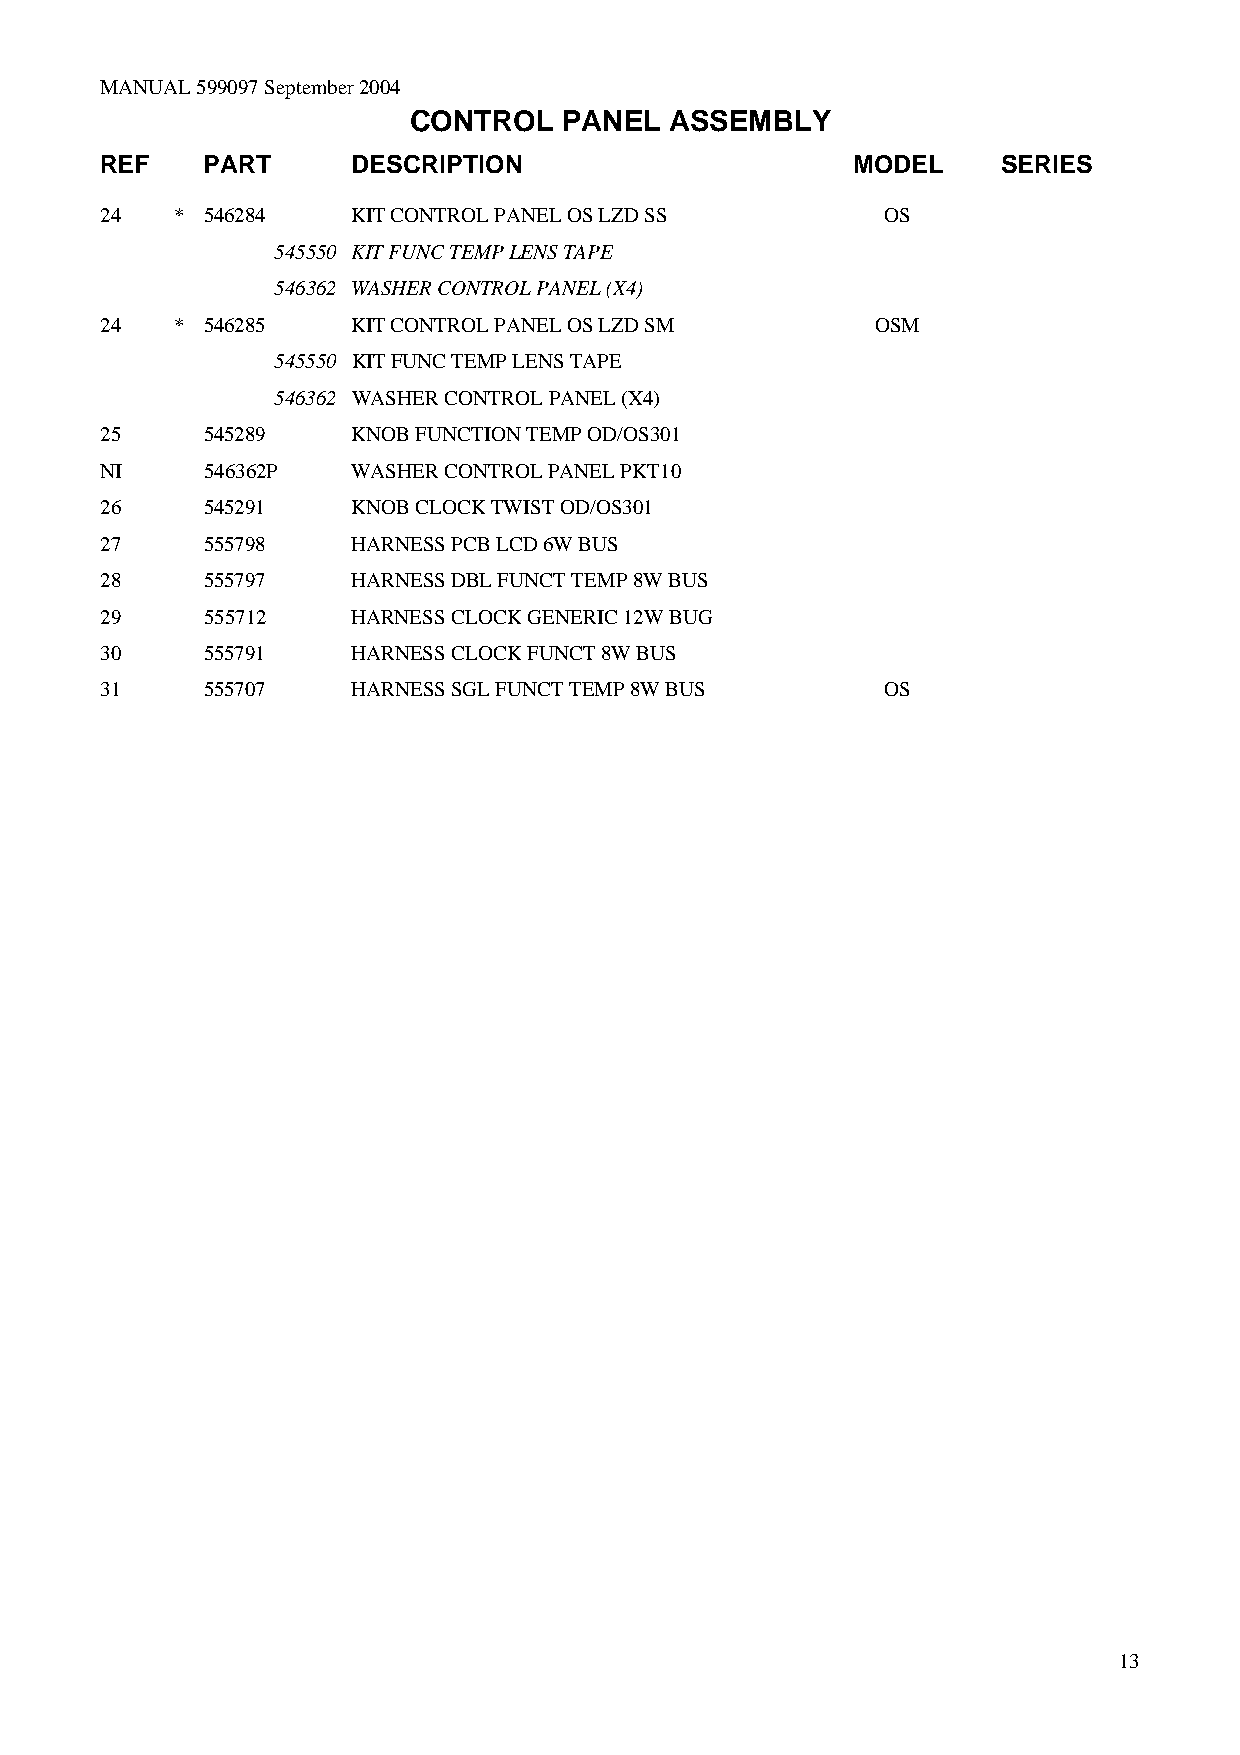
MANUAL 599097 September 2004
 CONTROL   PANEL  ASSEMBLY
 REF    PART     DESCRIPTION                      MODEL     SERIES
 24   * 546284   KIT CONTROL PANEL OS LZD SS         OS
 545550 KIT FUNC TEMP LENS TAPE
 546362 WASHER CONTROL PANEL (X4)
 24   * 546285   KIT CONTROL PANEL OS LZD SM        OSM
 545550 KIT FUNC TEMP LENS TAPE
 546362 WASHER CONTROL PANEL (X4)
 25    545289    KNOB FUNCTION TEMP OD/OS301
 NI    546362P   WASHER CONTROL PANEL PKT10
 26    545291    KNOB CLOCK TWIST OD/OS301
 27    555798    HARNESS PCB LCD 6W BUS
 28    555797    HARNESS DBL FUNCT TEMP 8W BUS
 29    555712    HARNESS CLOCK GENERIC 12W BUG
 30    555791    HARNESS CLOCK FUNCT 8W BUS
 31    555707    HARNESS SGL FUNCT TEMP 8W BUS       OS
 13